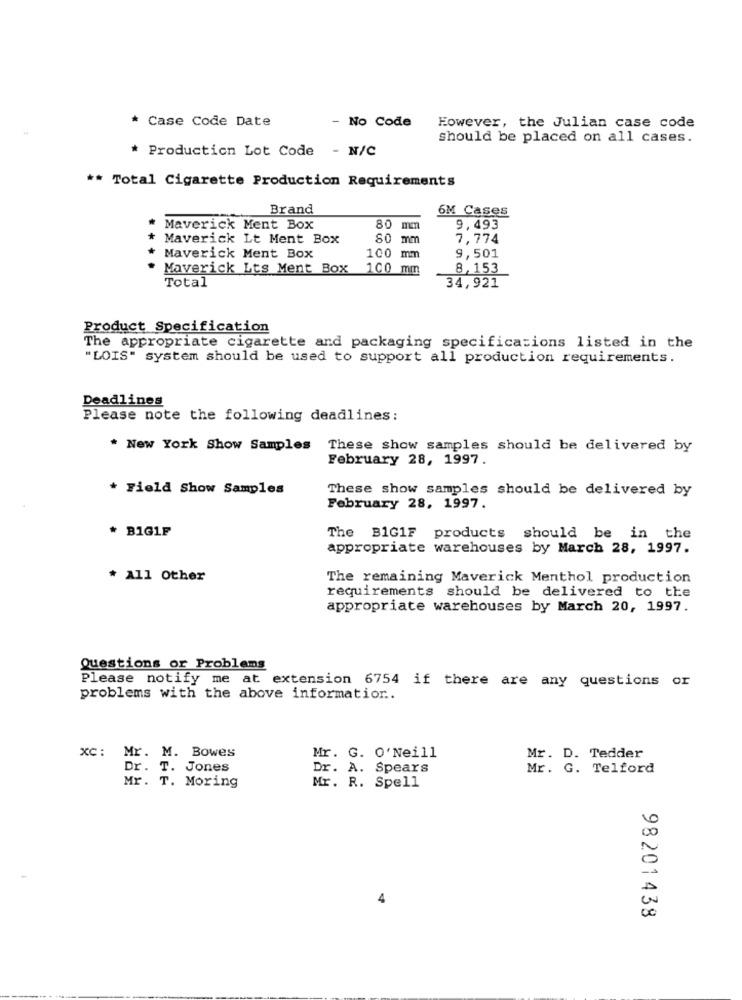
* Case Code Date
No Code
However, the Julian case code
should be placed on all cases.
* Production Lot Code - N/C
** Total Cigarette Production Requirements
Brand
6M Cases
Maverick Ment Box
80 mm
9,493
Maverick Lt Ment Box
80 mm
7,774
Maverick Ment Box
100 mm
9,501
Maverick Lts Ment Box 100 mm
8,153
Total
34,921
Product Specification
The appropriate cigarette and packaging specifications listed in the
"LOIS" system should be used to support all production requirements.
Deadlines
Please note the following deadlines:
* New York Show Samples These show samples should be delivered by
February 28, 1997.
* Field Show Samples
These show samples should be delivered by
February 28, 1997.
* BIG1F
The BIG1F products should be in the
appropriate warehouses by March 28, 1997.
* All Other
The remaining Maverick Menthol production
requirements should be delivered to the
appropriate warehouses by March 20, 1997.
Questions or Problems
Please notify me at extension 6754 if there are any questions or
problems with the above information ..
xc: Mr. M. Bowes
Mr. G. O'Neill
Mr. D. Tedder
Dr. T. Jones
Dr. A. Spears
Mr. G. Telford
Mr. T. Moring
Mr. R. Spell
98201438